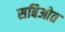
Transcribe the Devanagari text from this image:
सबिओत